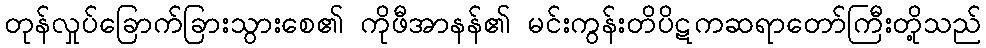
တုန်လှုပ်ခြောက်ခြားသွားစေ၏ ကိုဖီအာနန်၏ မင်းကွန်းတိပိဋကဆရာတော်ကြီးတို့သည်